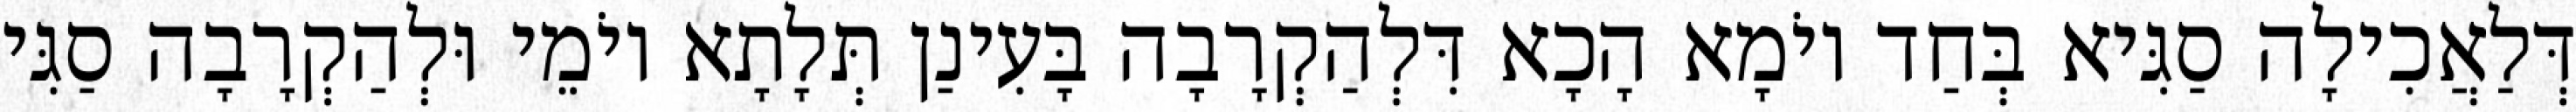
דְּלַאֲכִילָה סַגִּיא בְּחַד יוֹמָא הָכָא דִּלְהַקְרָבָה בָּעִינַן תְּלָתָא יוֹמֵי וּלְהַקְרָבָה סַגִּי